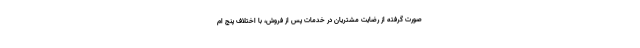
صورت گرفته از رضایت مشتریان در خدمات پس از فروش، با اختلاف پنج ام